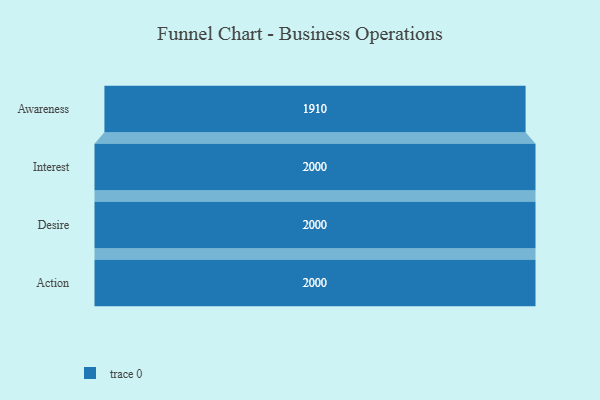
{"axis": {"x": "Stage", "y": "Value"}, "legend": [""], "data": [{"x": "Awareness", "y": 1910.0, "type": ""}, {"x": "Interest", "y": 2000, "type": ""}, {"x": "Desire", "y": 2000, "type": ""}, {"x": "Action", "y": 2000, "type": ""}]}